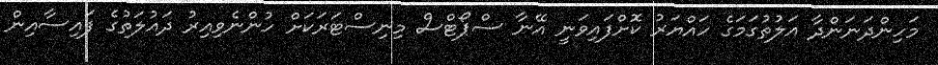
މަހިންދަނަންދާ އަލުތުގަމަގެ ހައްޔަރު ކޮށްފައިވަނީ އޭނާ ސްޕޯޓްސް މިނިސްޓަރަކަށް ހުންނެވިއިރު ދައުލަތުގެ ފައިސާއިން